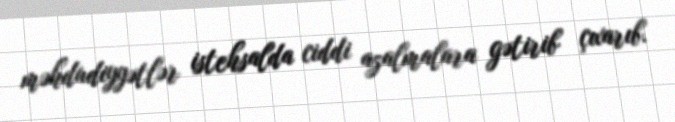
məhdudiyyətlər istehsalda ciddi azalmalara gətirib çıxarıb.